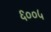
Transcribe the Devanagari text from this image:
६००५